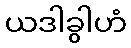
ယဒါခွါဟံ